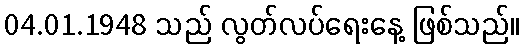
04.01.1948 သည် လွတ်လပ်ရေးနေ့ ဖြစ်သည်။